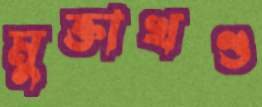
মুক্তাখণ্ড